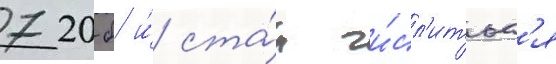
720-б и́ ста́л чи́сл'итьс'я